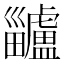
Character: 𤴅